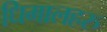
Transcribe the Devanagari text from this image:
धिमालहरु